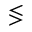
\lessgtr